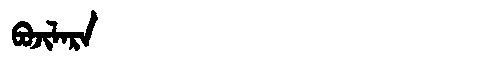
Manchu: ᠪᠣᠵᡳᠯᠠᡵᠠ
Romanization: BOJILARA